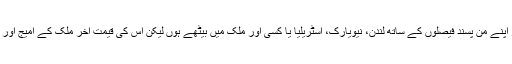
ہو سکتا ہے بہت سے بڑے فیصلہ ساز اپنے من پسند فیصلوں کے ساتھ لندن، نیویارک، آسٹریلیا یا کسی اور ملک میں بیٹھے ہوں لیکن اس کی قیمت آخر ملک کے امیج اور عوام کے مفادات کو ادا کرنا پڑتی ہے۔